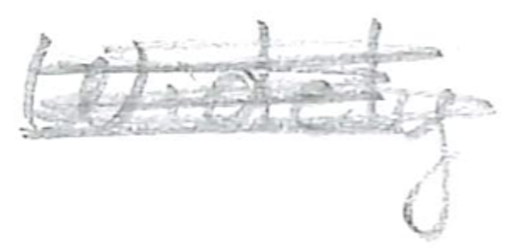
Text: Widely
Cross-out: scratch
Writing tool: pencil